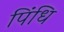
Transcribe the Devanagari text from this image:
पिंधि